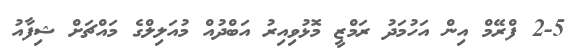
2-5 ފްރޭމް އިން އަހުމަދު ރަމްޒީ މޮޅުވިއިރު އަބްދުއް މުއަލިލްގެ މައްޗަށް ޝިފާއު